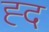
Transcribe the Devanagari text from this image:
ह्द